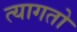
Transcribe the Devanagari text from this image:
त्यागतो